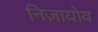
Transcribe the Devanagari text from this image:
निज़ायोव